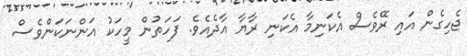
ޖެހިގެން އައި ރޭވެސް އެކަނިމާ އެކަނި ރާޔާ އާދެއެވެ. ފަހަތުން މީހަކު އަންނަކަންވެސް